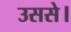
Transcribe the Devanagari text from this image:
उससे।